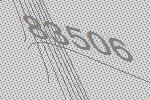
83506